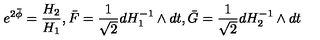
e ^ { 2 \bar { \phi } } = { \frac { H _ { 2 } } { H _ { 1 } } } , \bar { F } = { \frac { 1 } { \sqrt 2 } } d H _ { 1 } ^ { - 1 } \wedge d t , \bar { G } = { \frac { 1 } { \sqrt 2 } } d H _ { 2 } ^ { - 1 } \wedge d t